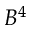
B ^ { 4 }